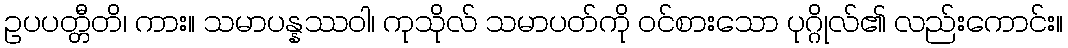
ဥပပတ္တီတိ၊ ကား။ သမာပန္နဿဝါ၊ ကုသိုလ် သမာပတ်ကို ဝင်စားသော ပုဂ္ဂိုလ်၏ လည်းကောင်း။